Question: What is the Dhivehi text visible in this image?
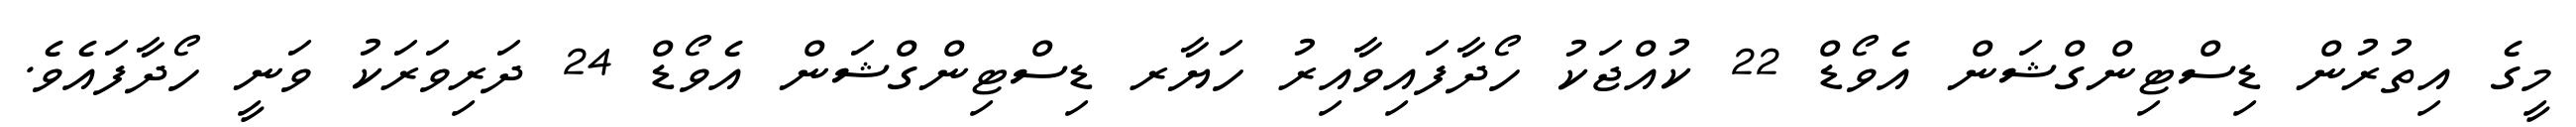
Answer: މީގެ އިތުރުން ޑިސްޓިންގްޝަން އެވޯޑް 22 ކުއްޖަކު ހޯދާފައިވާއިރު ހަޔާރ ޑިސްޓިންގްޝަން އެވޯޑް 24 ދަރިވަރަކު ވަނީ ހޯދާފައެވެ.